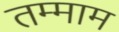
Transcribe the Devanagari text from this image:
तम्माम